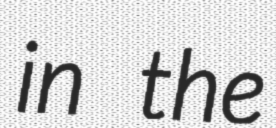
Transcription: in the